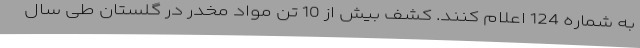
به شماره 124 اعلام کنند. کشف بیش از 10 تن مواد مخدر در گلستان طی سال